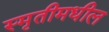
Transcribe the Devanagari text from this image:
स्मृतीमधील